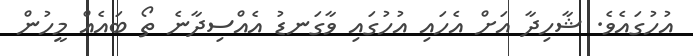
އުހުގައެވެ. ޝާހިދާ އަށް އެހައި އުހުގައި ވާގަނޑު އެއްސިދާނެ ތޯ ބައެއް މީހުން